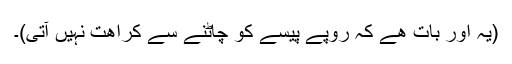
(یہ اور بات ھے کہ روپے پیسے کو چاٹنے سے کراھت نہیں آتی)۔